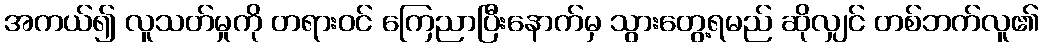
အကယ်၍ လူသတ်မှုကို တရားဝင် ကြေညာပြီးနောက်မှ သွားတွေ့ရမည် ဆိုလျှင် တစ်ဘက်လူ၏